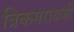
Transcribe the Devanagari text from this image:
त्रिकमरायजी